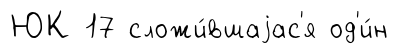
ЮК 17 сложи́вшаjас'я од'и́н